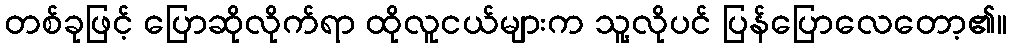
တစ်ခုဖြင့် ပြောဆိုလိုက်ရာ ထိုလူငယ်များက သူ့လိုပင် ပြန်ပြောလေတော့၏။